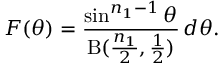
F ( \theta ) = { \frac { \sin ^ { n _ { 1 } - 1 } \theta } { \mathrm { B } ( { \frac { n _ { 1 } } { 2 } } , { \frac { 1 } { 2 } } ) } } \, d \theta .